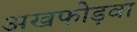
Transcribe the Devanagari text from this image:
अखफोड़वा